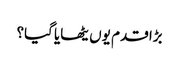
بڑا قدم یوں یٹھایا گیا؟